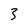
Character: 3